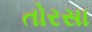
તોરસા